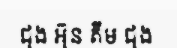
ជុង អ៊ុន គីម ជុង